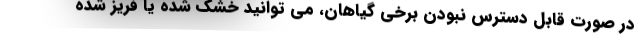
در صورت قابل دسترس نبودن برخی گیاهان، می توانید خشک شده یا فریز شده